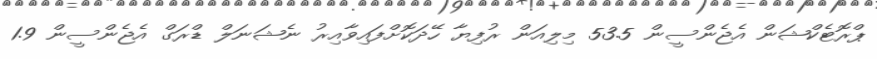
ޕްރޮޓެކްޝަން އެޖެންސީން 53.5 މިލިއަން ރުފިޔާ ހޭދަކޮށްފައިވާއިރު ނެޝަނަލް ޑްރަގް އެޖެންސީން 1.9